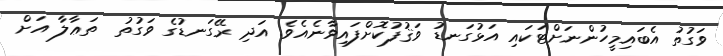
ވަގުތު އެބައިމީހުންނަށްޓަކައި އަޅުގަނޑު ވަޤުފުކޮށްފައިވާނެއެވެ. އަދި ރޭގަނޑުގެ ވަގުތު  ތަޢާލާ އަށް